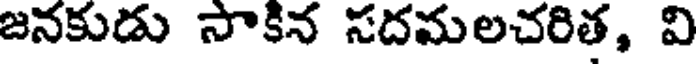
జనకుడు సాకిన సదమలచరిత, వి